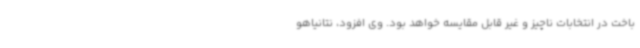
باخت در انتخابات ناچیز و غیر قابل مقایسه خواهد بود. وی افزود، نتانیاهو